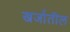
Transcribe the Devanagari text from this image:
खर्जातील